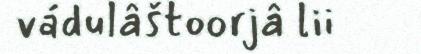
vádulâštoorjâ lii